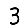
Digit: 3